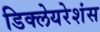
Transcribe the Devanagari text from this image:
डिक्लेयरेशंस